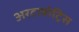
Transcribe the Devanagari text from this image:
अरटाबोट्रिस